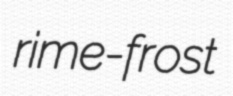
rime-frost